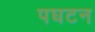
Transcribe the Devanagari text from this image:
पघटन